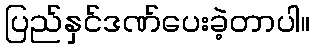
ပြည်နှင်ဒဏ်ပေးခဲ့တာပါ။